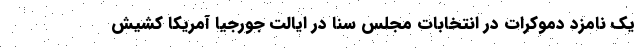
یک نامزد دموکرات در انتخابات مجلس سنا در ایالت جورجیا آمریکا کشیش